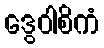
ဒွေဝါစိကံ